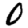
Digit: 0